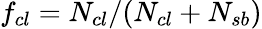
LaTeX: f_{cl}=N_{cl}/(N_{cl}+N_{sb})